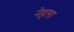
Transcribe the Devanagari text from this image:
नेहला